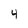
Character: 4